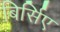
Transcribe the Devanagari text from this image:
बिर्सिए